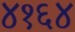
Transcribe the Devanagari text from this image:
४१६४